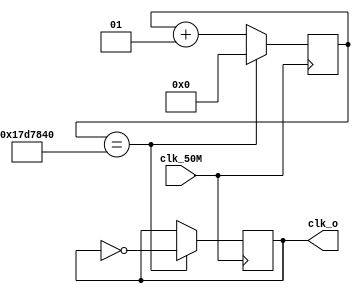
module clock_1(clk_50M, clk_o);
	input clk_50M;	//25000000(10) = 1011111010111100001000000(2) 25
	output reg clk_o;
	integer cnt;
	
	always @(posedge clk_50M) begin
		if(cnt == 25000000) begin 
				cnt <= 0;
				clk_o <= ~clk_o;
			end
			else cnt <= cnt + 1;
	end
	
endmodule